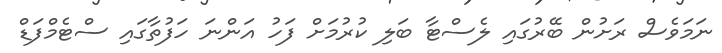
ނަމަވެސް ރަށުން ބޭރުގައި ލެސްޓާ ބަލި ކުުރުމަށް ފަހު އަންނަ ހަފުތާގައި ސްޓެމްފަޑް